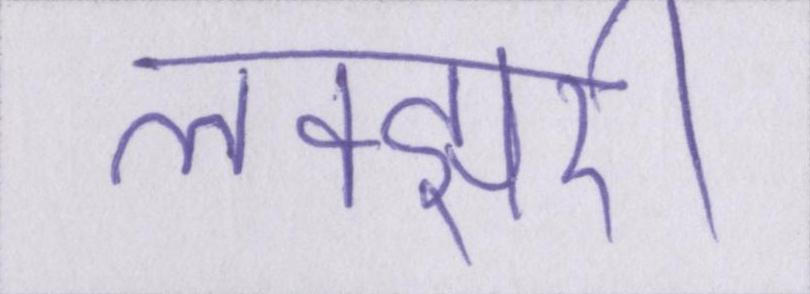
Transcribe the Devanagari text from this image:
लक्झरी